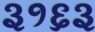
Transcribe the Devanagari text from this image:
३१६३